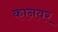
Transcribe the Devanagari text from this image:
कानवर